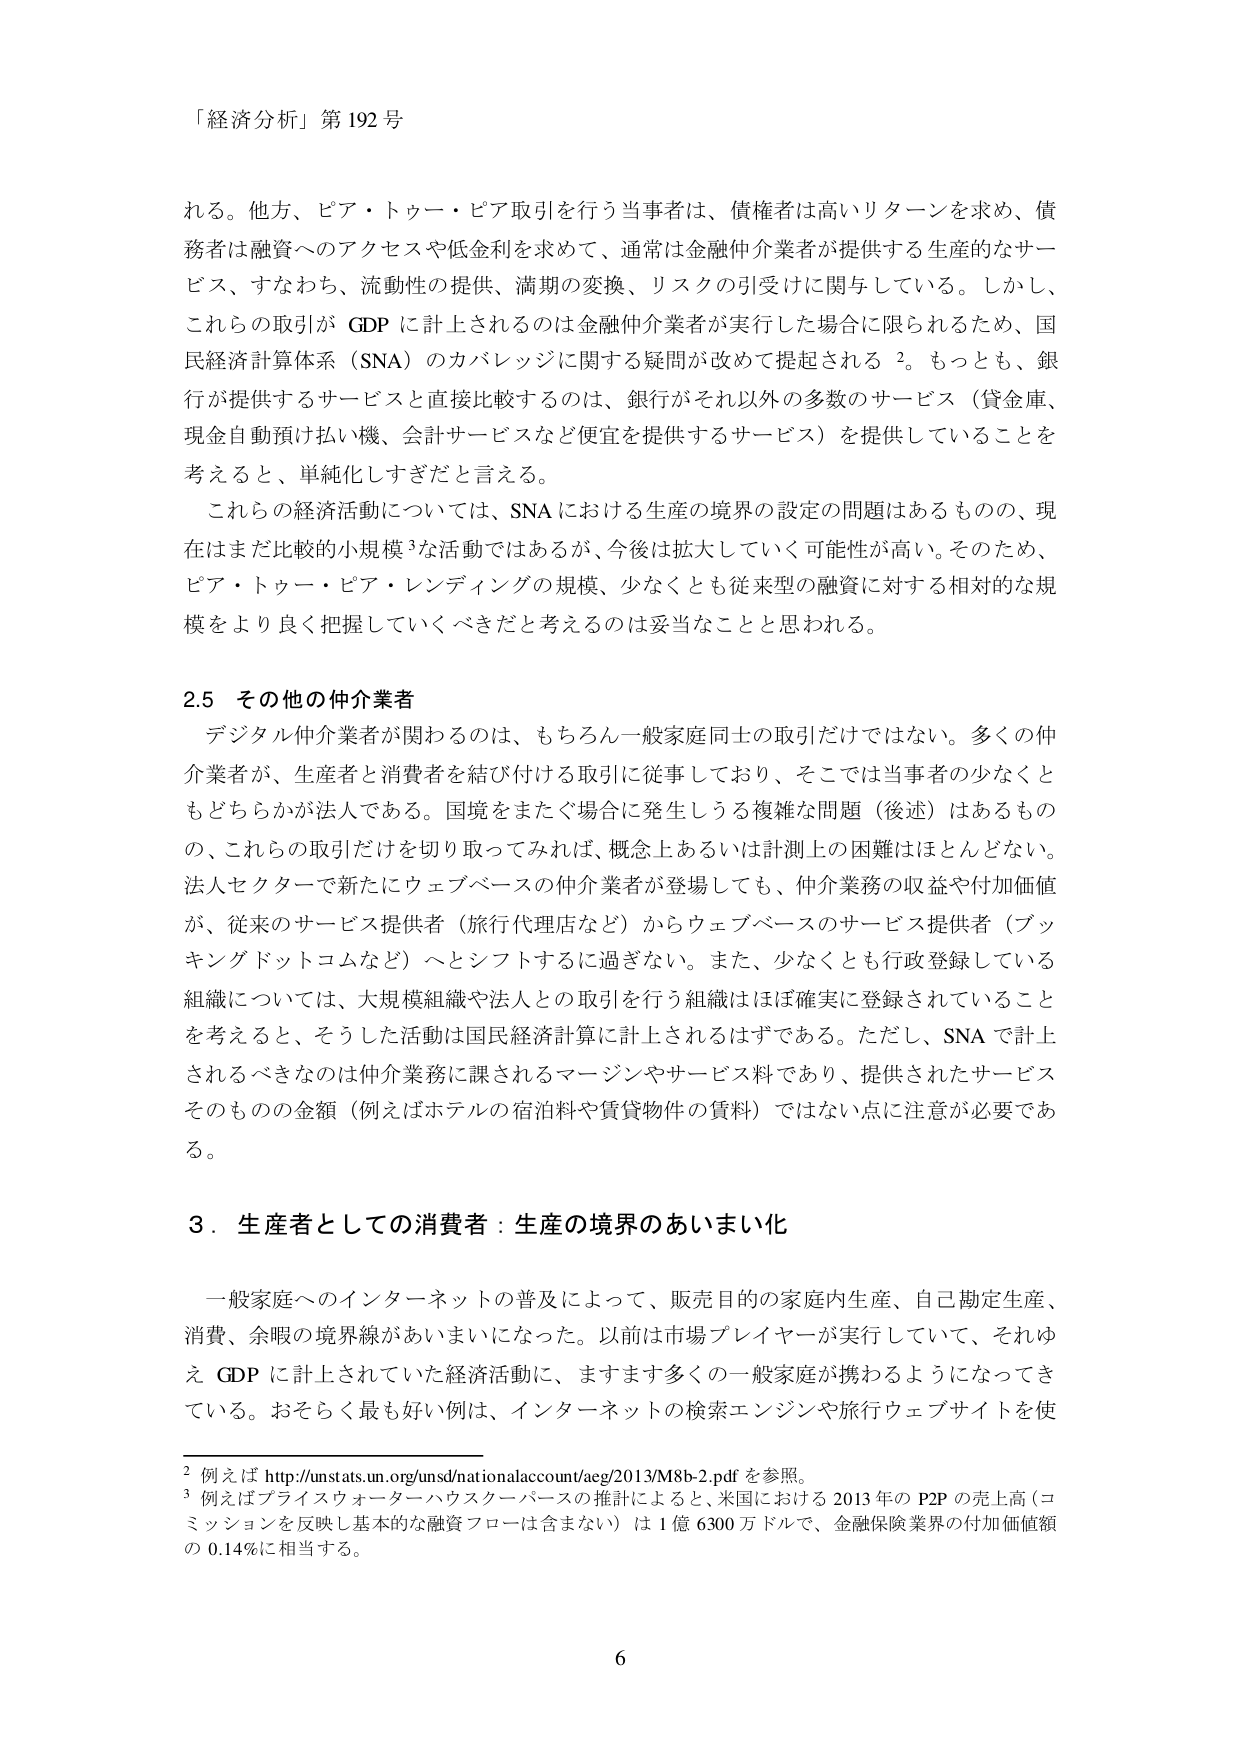
「経済分析」第192号

れる。他方、ピア・トゥー・ピア取引を行う当事者は、債権者は高いリターンを求め、債務者は融資へのアクセスや低金利を求めて、通常は金融仲介業者が提供する生産的なサービス、すなわち、流動性の提供、満期の変換、リスクの引受けに関与している。しかし、これらの取引が GDP に計上されるのは金融仲介業者が実行した場合に限られるため、国民経済計算体系（SNA）のカバレッジに関する疑問が改めて提起される 2。もっとも、銀行が提供するサービスと直接比較するのは、銀行がそれ以外の多数のサービス（貸金庫、現金自動預け払い機、会計サービスなど便宜を提供するサービス）を提供していることを考えると、単純化しすぎだと言える。

これらの経済活動については、SNA における生産の境界の設定の問題はあるものの、現在はまだ比較的小規模 3な活動ではあるが、今後は拡大していく可能性が高い。そのため、ピア・トゥー・ピア・レンディングの規模、少なくとも従来型の融資に対する相対的な規模をより良く把握していくべきだと考えるのは妥当ことと思われる。

2.5 その他の仲介業者

デジタル仲介業者が関わるのは、もちろん一般家庭同士の取引だけではない。多くの仲介業者が、生産者と消費者を結び付ける取引に従事しており、そこでは当事者の少なくともどちらかが法人である。国境をまたぐ場合に発生しうる複雑な問題（後述）はあるものの、これらの取引だけを切り取ってみれば、概念上あるいは計測上の困難はほとんどない。法人セクターで新たにウェブベースの仲介業者が登場しても、仲介業務の収益や付加価値が、従来のサービス提供者（旅行代理店など）からウェブベースのサービス提供者（ブッキングドットコムなど）へとシフトするに過ぎない。また、少なくとも行政登録している組織については、大規模組織や法人との取引を行う組織はほぼ確実に登録されていることを考えると、そうした活動は国民経済計算に計上されるはずである。ただし、SNA で計上されるべきなのは仲介業務に課されるマージンやサービス料であり、提供されたサービスそのものの金額（例えばホテルの宿泊料や賃貸物件の賃料）ではない点に注意が必要である。

3．生産者としての消費者：生産の境界のあいまい化

一般家庭へのインターネットの普及によって、販売目的の家庭内生産、自己勘定生産、消費、余暇の境界線があいまいになった。以前は市場プレイヤーが実行していて、それゆえ GDP に計上されていた経済活動に、ますます多くの一般家庭が携わるようになってきている。おそらく最もよい例は、インターネットの検索エンジンや旅行ウェブサイトを使

2 例えば http://unstats.un.org/unsd/nationalaccount/aeg/2013/M8b-2.pdf を参照。
3 例えばプライスウォーターハウスクーパースの推計によると、米国における 2013 年の P2P の売上高（コミッションを反映し基本的な融資フローは含まない）は 1 億 6300 万ドルで、金融保険業界の付加価値額の 0.14%に相当する。

6